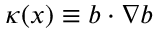
\boldsymbol { \kappa } ( \boldsymbol { x } ) \equiv \boldsymbol { b } \cdot \boldsymbol { \nabla } \boldsymbol { b }